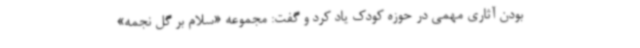
بودن آثاری مهمی در حوزه کودک یاد کرد و گفت: مجموعه «سلام بر گل نجمه»